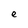
Character: e